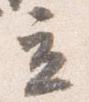
立